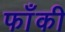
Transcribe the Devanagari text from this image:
फाँकी